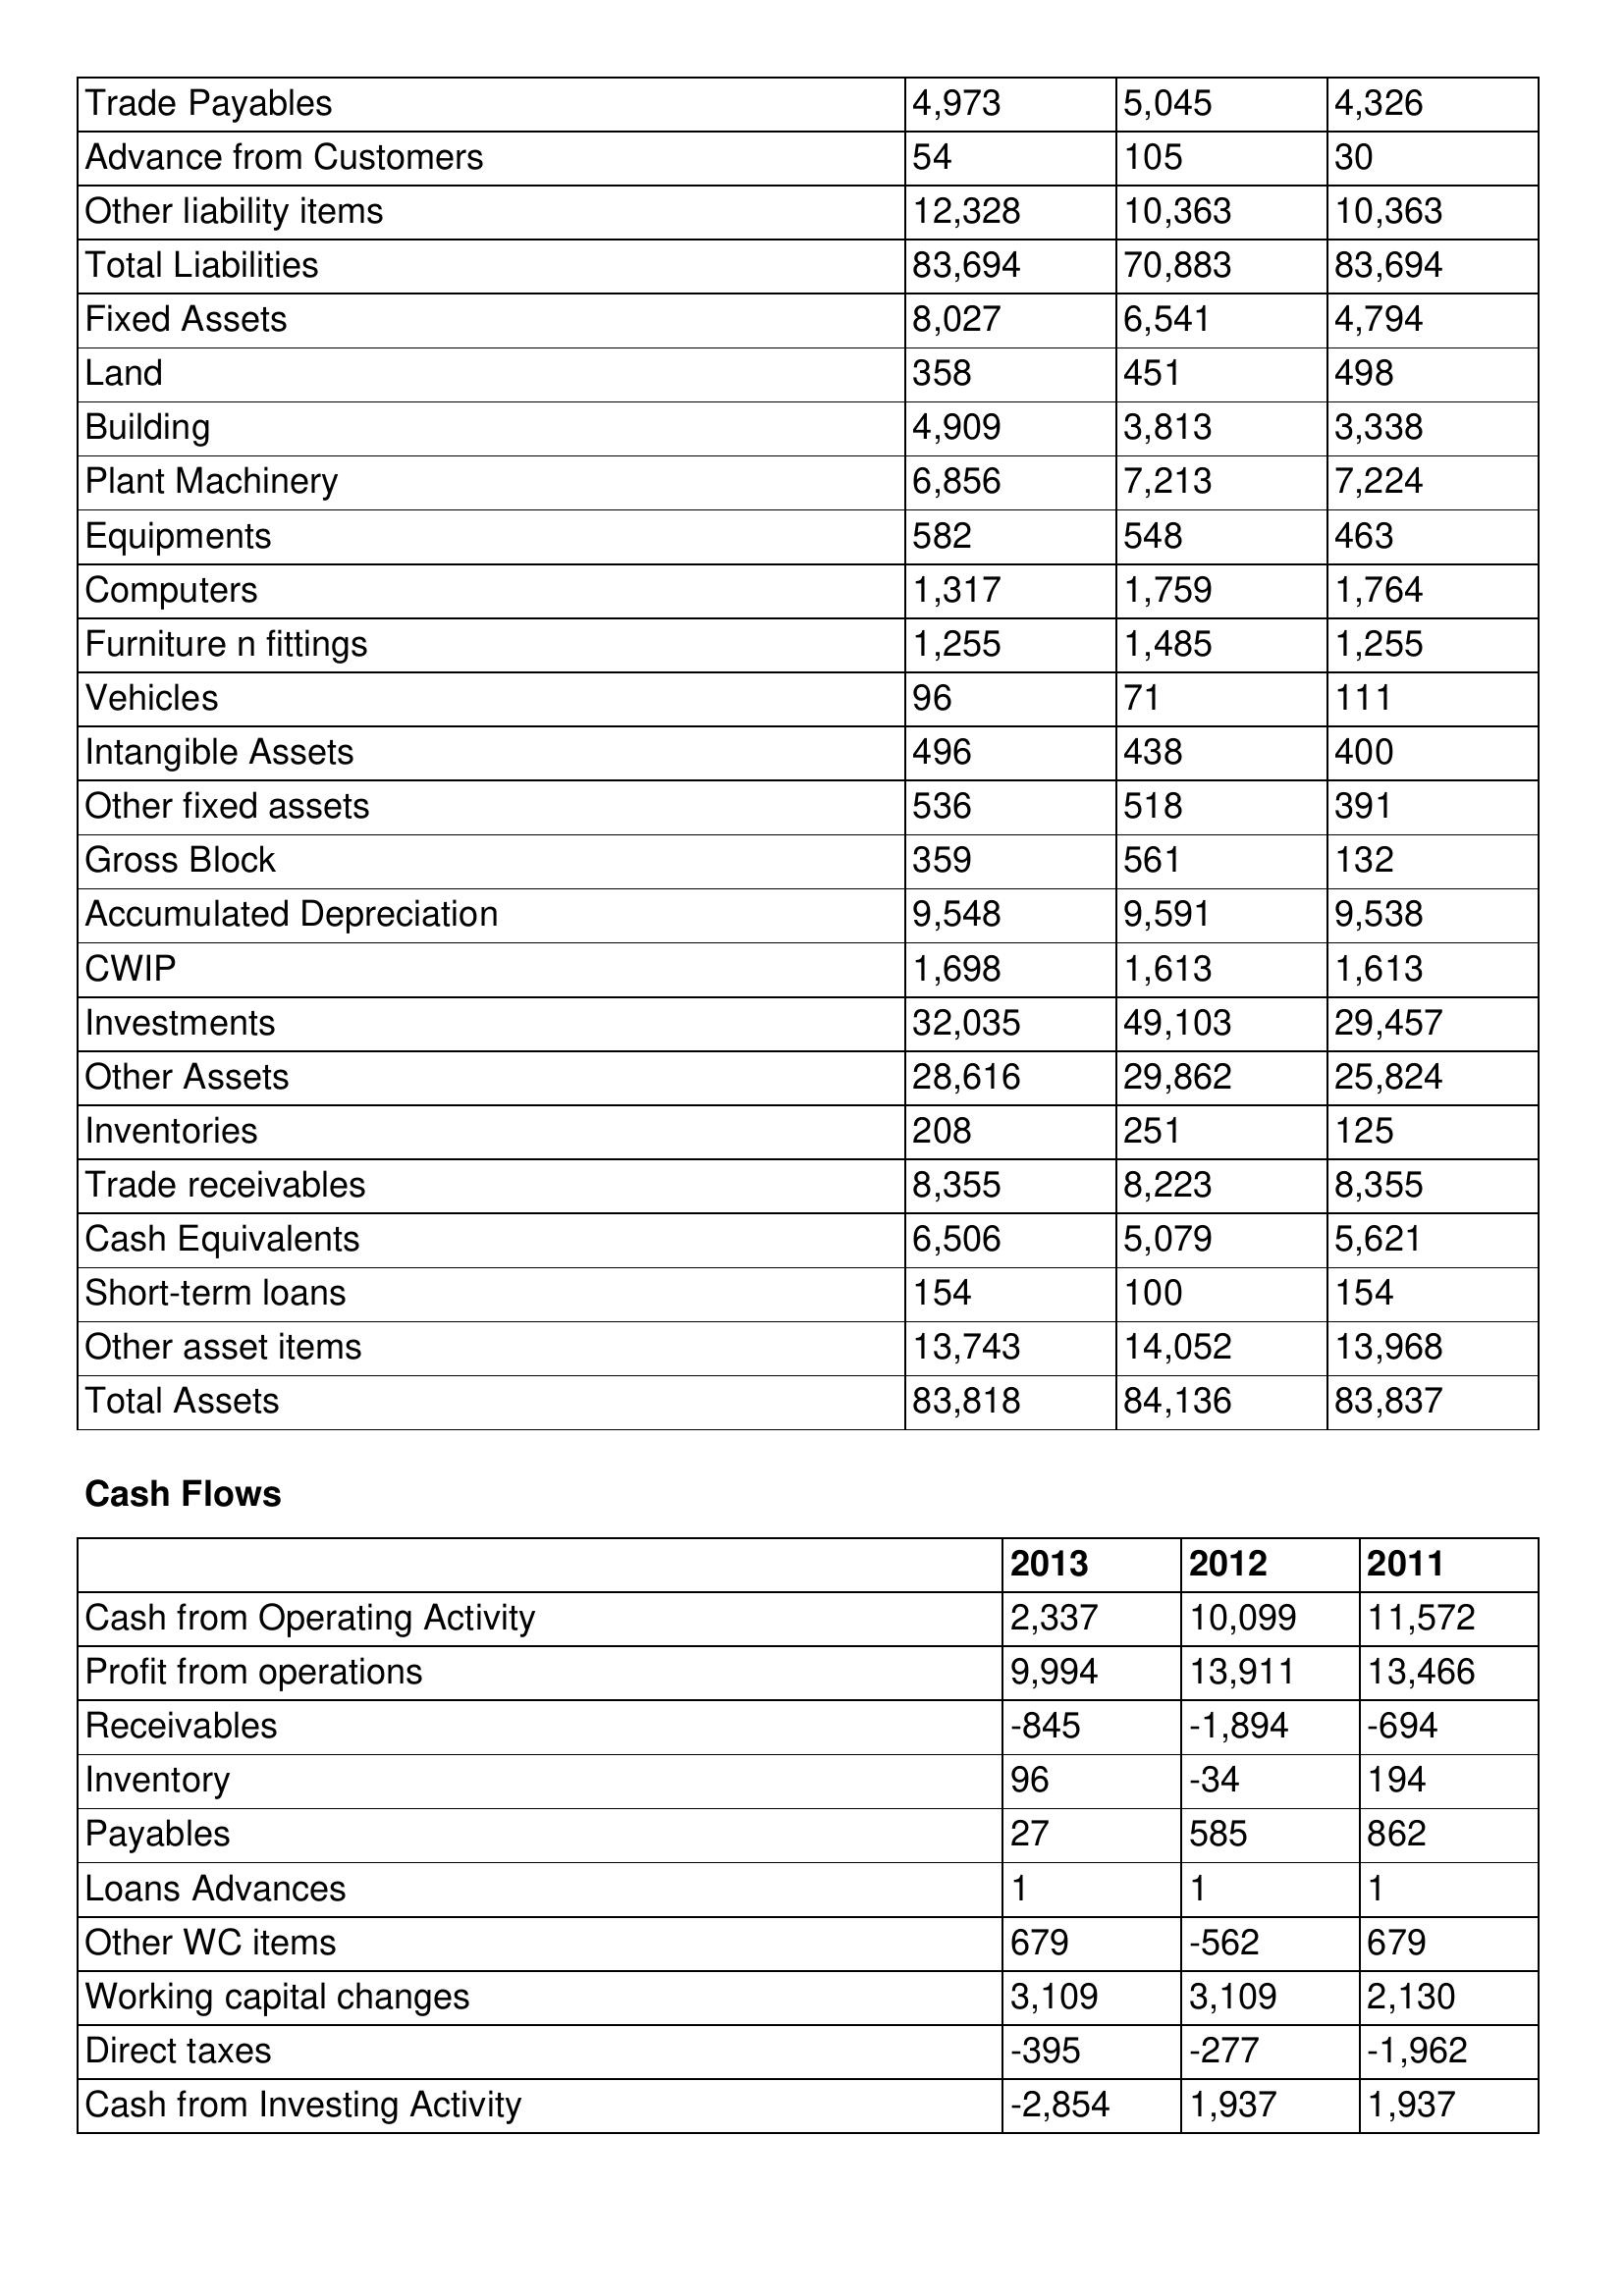
gt_parse: 2013: Balance Sheet: Trade Payables: 4,973
Advance from Customers: 54
Other liability items: 12,328
Total Liabilities: 83,694
Fixed Assets: 8,027
Land: 358
Building: 4,909
Plant Machinery: 6,856
Equipments: 582
Computers: 1,317
Furniture n fittings: 1,255
Vehicles: 96
Intangible Assets: 496
Other fixed assets: 536
Gross Block: 359
Accumulated Depreciation: 9,548
CWIP: 1,698
Investments: 32,035
Other Assets: 28,616
Inventories: 208
Trade receivables: 8,355
Cash Equivalents: 6,506
Short-term loans: 154
Other asset items: 13,743
Total Assets: 83,818
Cash Flows: Cash from Operating Activity: 2,337
Profit from operations: 9,994
Receivables: -845
Inventory: 96
Payables: 27
Loans Advances: 1
Other WC items: 679
Working capital changes: 3,109
Direct taxes: -395
Cash from Investing Activity: -2,854
2012: Balance Sheet: Trade Payables: 5,045
Advance from Customers: 105
Other liability items: 10,363
Total Liabilities: 70,883
Fixed Assets: 6,541
Land: 451
Building: 3,813
Plant Machinery: 7,213
Equipments: 548
Computers: 1,759
Furniture n fittings: 1,485
Vehicles: 71
Intangible Assets: 438
Other fixed assets: 518
Gross Block: 561
Accumulated Depreciation: 9,591
CWIP: 1,613
Investments: 49,103
Other Assets: 29,862
Inventories: 251
Trade receivables: 8,223
Cash Equivalents: 5,079
Short-term loans: 100
Other asset items: 14,052
Total Assets: 84,136
Cash Flows: Cash from Operating Activity: 10,099
Profit from operations: 13,911
Receivables: -1,894
Inventory: -34
Payables: 585
Loans Advances: 1
Other WC items: -562
Working capital changes: 3,109
Direct taxes: -277
Cash from Investing Activity: 1,937
2011: Balance Sheet: Trade Payables: 4,326
Advance from Customers: 30
Other liability items: 10,363
Total Liabilities: 83,694
Fixed Assets: 4,794
Land: 498
Building: 3,338
Plant Machinery: 7,224
Equipments: 463
Computers: 1,764
Furniture n fittings: 1,255
Vehicles: 111
Intangible Assets: 400
Other fixed assets: 391
Gross Block: 132
Accumulated Depreciation: 9,538
CWIP: 1,613
Investments: 29,457
Other Assets: 25,824
Inventories: 125
Trade receivables: 8,355
Cash Equivalents: 5,621
Short-term loans: 154
Other asset items: 13,968
Total Assets: 83,837
Cash Flows: Cash from Operating Activity: 11,572
Profit from operations: 13,466
Receivables: -694
Inventory: 194
Payables: 862
Loans Advances: 1
Other WC items: 679
Working capital changes: 2,130
Direct taxes: -1,962
Cash from Investing Activity: 1,937